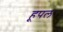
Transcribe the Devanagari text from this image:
हूपल